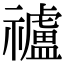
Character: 𥜠